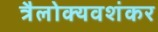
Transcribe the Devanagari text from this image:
त्रैलोक्यवशंकर